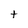
Character: t